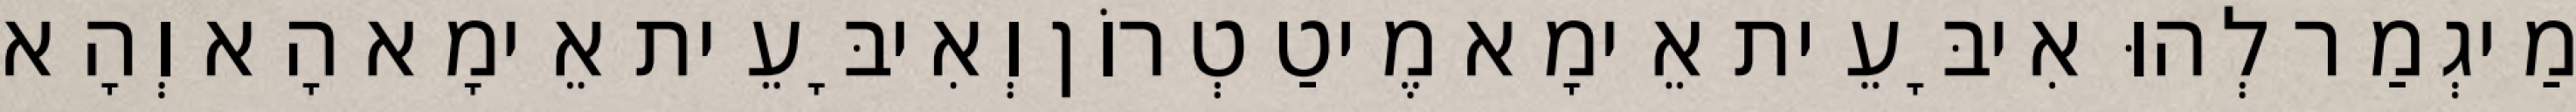
מַיגְמַר לְהוּ אִיבָּעֵית אֵימָא מֶיטַטְרוֹן וְאִיבָּעֵית אֵימָא הָא וְהָא